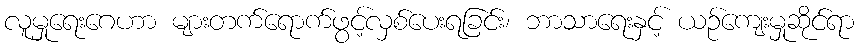
လူမှုရေးဂေဟာ များတက်ရောက်ဖွင့်လှစ်ပေးရခြင်း၊ ဘာသာရေးနှင့် ယဉ်ကျေးမှုဆိုင်ရာ